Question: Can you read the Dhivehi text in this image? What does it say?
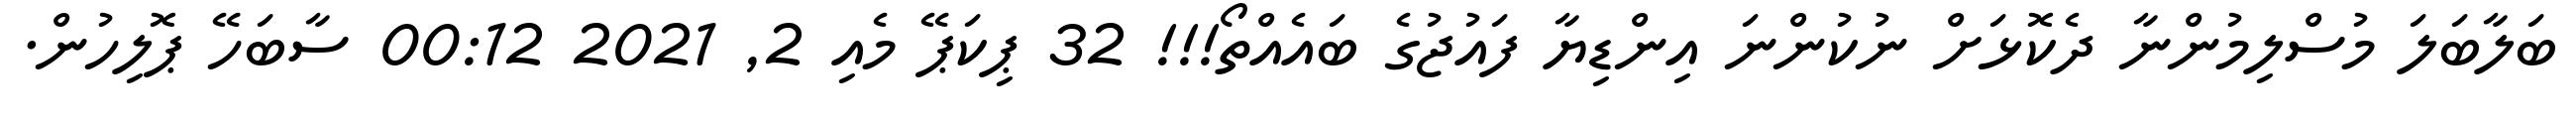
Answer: ބަލާބަލަ މުސްލިމުންނާ ދެކޮޅަށް ނުކުންނަ އިންޑިޔާ ފައުޖުގެ ބައެއްތޯ!!! 32 ޕިކަޕޭ މެއި 2, 2021 00:12 ސާބަހޭ ޕޮލިހުން.